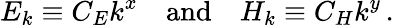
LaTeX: E_{k}\equiv C_{E}k^{x}\quad\mathrm{and}\quad H_{k}\equiv C_{H}k^{y}\, .